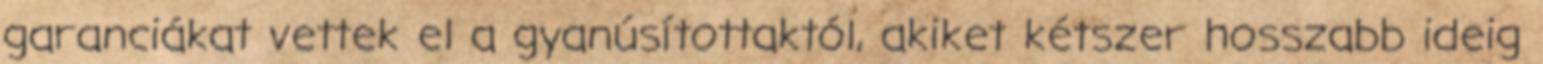
garanciákat vettek el a gyanúsítottaktól, akiket kétszer hosszabb ideig